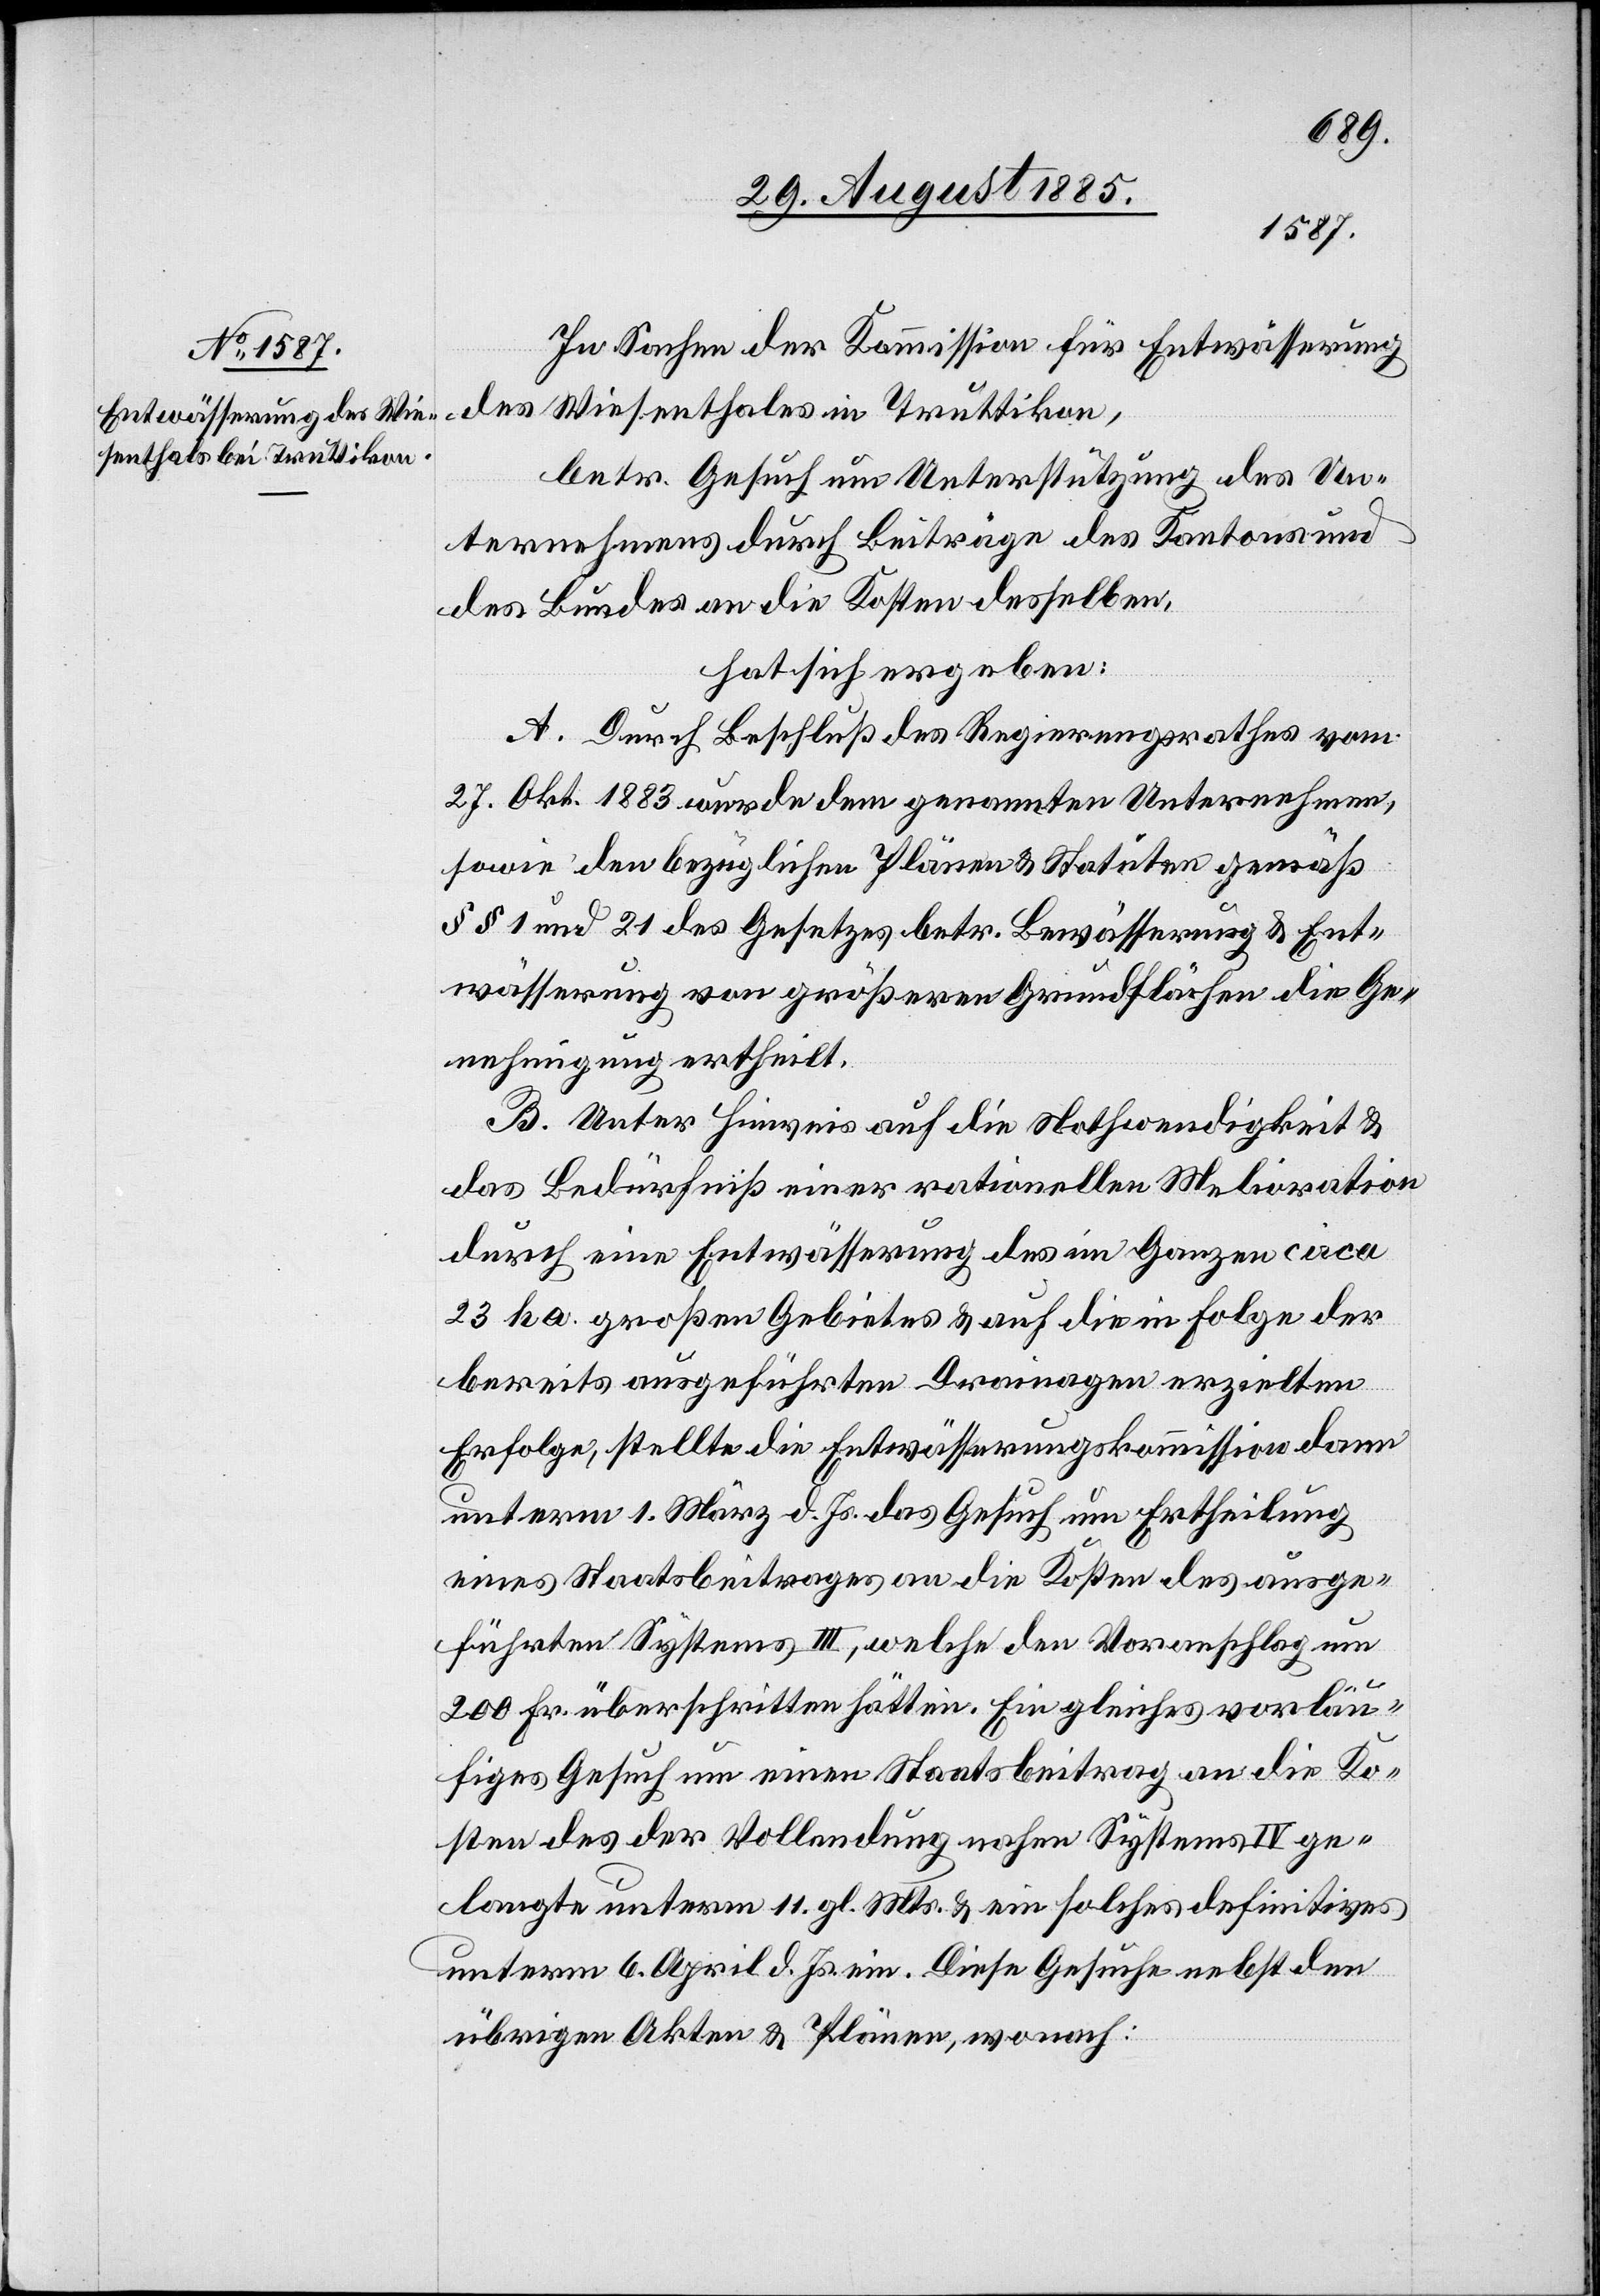
In Sachen der Kommission für Entwässerung
des Wiesenthals in Truttikon,
betr. Gesuch um Unterstützung des Un¬
ternehmens durch Beiträge des Kantons und
des Bundes an die Kosten desselben,
hat sich ergeben:
A. Durch Beschluß des Regierungsrathes vom
27. Okt. 1883 wurde dem genannten Unternehmen
sowie den bezüglichen Plänen & Statuten gemäß
§§ 1 und 21 des Gesetzes betr. Bewässerung & Ent¬
wässerung von größeren Grundflächen die Ge¬
nehmigung ertheilt.
B. Unter Hinweis auf die Nothwendigkeit &
das Bedürfniß einer rationellen Melioration
durch eine Entwässerung des im Ganzen circa
23 ha großen Gebietes & auf die in Folge der
bereits ausgeführten Drainagen erzielten
Erfolge, stellte die Entwässerungskommission dann
unterm 1. März d. Js. das Gesuch um Ertheilung
eines Staatsbeitrages an die Kosten des ausge¬
führten Systems III, welche den Voranschlag um
200 Fr. überschritten hätten. Ein gleiches vorläu¬
figes Gesuch um einen Staatsbeitrag an die Ko¬
sten des der Vollendung nahen Systems IV ge¬
langte unterm 11. gl. Mts. & ein solches definitives
unterm 6. April d. Js. ein. Diese Gesuche nebst den
übrigen Akten & Plänen, wonach: